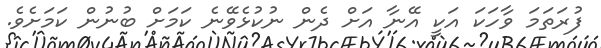
ފުރަތަމަ ވާހަކަ އަކީ އޭނާ އަށް ދެން ނުކުޅެވޭނެ ކަމަށް ބުނުން ކަމަށެވެ.